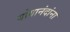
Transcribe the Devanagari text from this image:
योगानंदांना